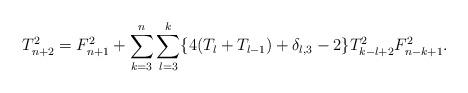
LaTeX: \begin{align*}T_{n+2}^2=F_{n+1}^2+\sum_{k=3}^n\sum_{l=3}^k\{4(T_l+T_{l-1})+\delta_{l,3}-2\}T_{k-l+2}^2F_{n-k+1}^2.\end{align*}